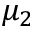
\mu _ { 2 }